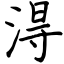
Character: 淂